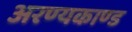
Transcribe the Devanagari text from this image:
अरण्‍यकाण्‍ड